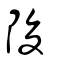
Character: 陖